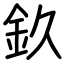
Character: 𨥆